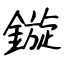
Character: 鏇